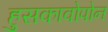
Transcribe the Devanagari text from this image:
हुसकावोपोन